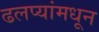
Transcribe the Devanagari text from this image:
ढलप्यांमधून